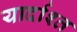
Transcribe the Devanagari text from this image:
यार्दाश्त